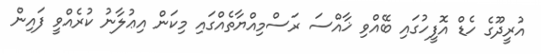
އުރީދޫގެ ހެޑް އޮފީހުގައި ބޭއްވި ޚާއްސަ ރަސްމިއްޔާތެއްގައި މިކަން އިޢުލާނު ކުރެއްވީ ފައިން